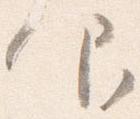
仰